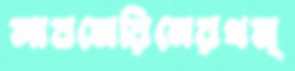
সাবমেরিনেরথম্‌